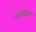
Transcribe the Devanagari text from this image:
फोटोज़िंको